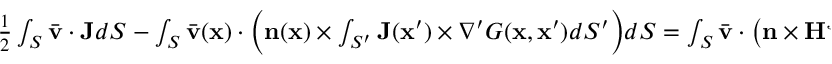
\begin{array} { r } { \frac { 1 } { 2 } \int _ { S } \bar { \mathbf { v } } \cdot \mathbf { J } d S - \int _ { S } \bar { \mathbf { v } } ( \mathbf { x } ) \cdot \bigg ( \mathbf { n } ( \mathbf { x } ) \times \int _ { S ^ { \prime } } \mathbf { J } ( \mathbf { x } ^ { \prime } ) \times \nabla ^ { \prime } G ( \mathbf { x } , \mathbf { x } ^ { \prime } ) d S ^ { \prime } \bigg ) d S = \int _ { S } \bar { \mathbf { v } } \cdot \big ( \mathbf { n } \times \mathbf { H } ^ { \mathcal { I } } \big ) d S } \end{array}